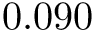
0 . 0 9 0